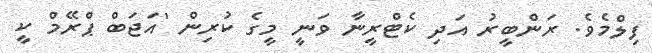
ފިލްމެވެ. ރަންބީރު އަދި ކެޓްރީނާ ވަނީ މީގެ ކުރިން 'އަޖަބް ޕްރޭމް ކީ